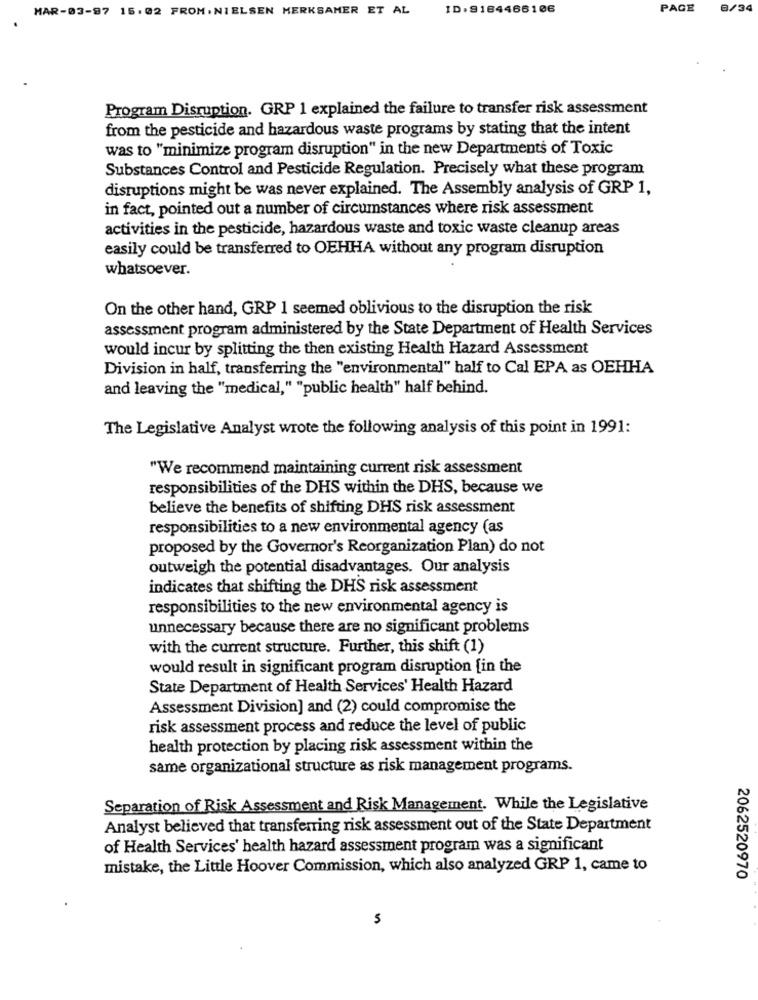
MAR-03-97 15.02 FROM. NIELSEN MERKSAMER ET AL
ID.9184466106
PAGE
8/34
Program Disruption. GRP 1 explained the failure to transfer risk assessment
from the pesticide and hazardous waste programs by stating that the intent
was to "minimize program disruption" in the new Departments of Toxic
Substances Control and Pesticide Regulation. Precisely what these program
disruptions might be was never explained. The Assembly analysis of GRP 1,
in fact, pointed out a number of circumstances where risk assessment
activities in the pesticide, hazardous waste and toxic waste cleanup areas
easily could be transferred to OEHHA without any program disruption
whatsoever.
On the other hand, GRP 1 seemed oblivious to the disruption the risk
assessment program administered by the State Department of Health Services
would incur by splitting the then existing Health Hazard Assessment
Division in half, transferring the "environmental" half to Cal EPA as OEHHA
and leaving the "medical," "public health" half behind.
The Legislative Analyst wrote the following analysis of this point in 1991:
"We recommend maintaining current risk assessment
responsibilities of the DHS within the DHS, because we
believe the benefits of shifting DHS risk assessment
responsibilities to a new environmental agency (as
proposed by the Governor's Reorganization Plan) do not
outweigh the potential disadvantages. Our analysis
indicates that shifting the DHS risk assessment
responsibilities to the new environmental agency is
unnecessary because there are no significant problems
with the current structure. Further, this shift (1)
would result in significant program disruption [in the
State Department of Health Services' Health Hazard
Assessment Division] and (2) could compromise the
risk assessment process and reduce the level of public
health protection by placing risk assessment within the
same organizational structure as risk management programs.
Separation of Risk Assessment and Risk Management. While the Legislative
Analyst believed that transferring risk assessment out of the State Department
of Health Services' health hazard assessment program was a significant
mistake, the Little Hoover Commission, which also analyzed GRP 1, came to
2062520970
5